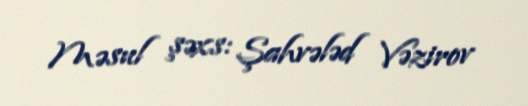
Məsul şəxs: Şahvələd Vəzirov